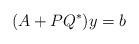
LaTeX: \begin{align*}(A + PQ^*) y = b\end{align*}